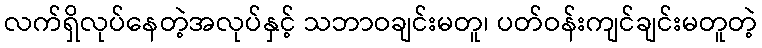
လက်ရှိလုပ်နေတဲ့အလုပ်နှင့် သဘာဝချင်းမတူ၊ ပတ်ဝန်းကျင်ချင်းမတူတဲ့